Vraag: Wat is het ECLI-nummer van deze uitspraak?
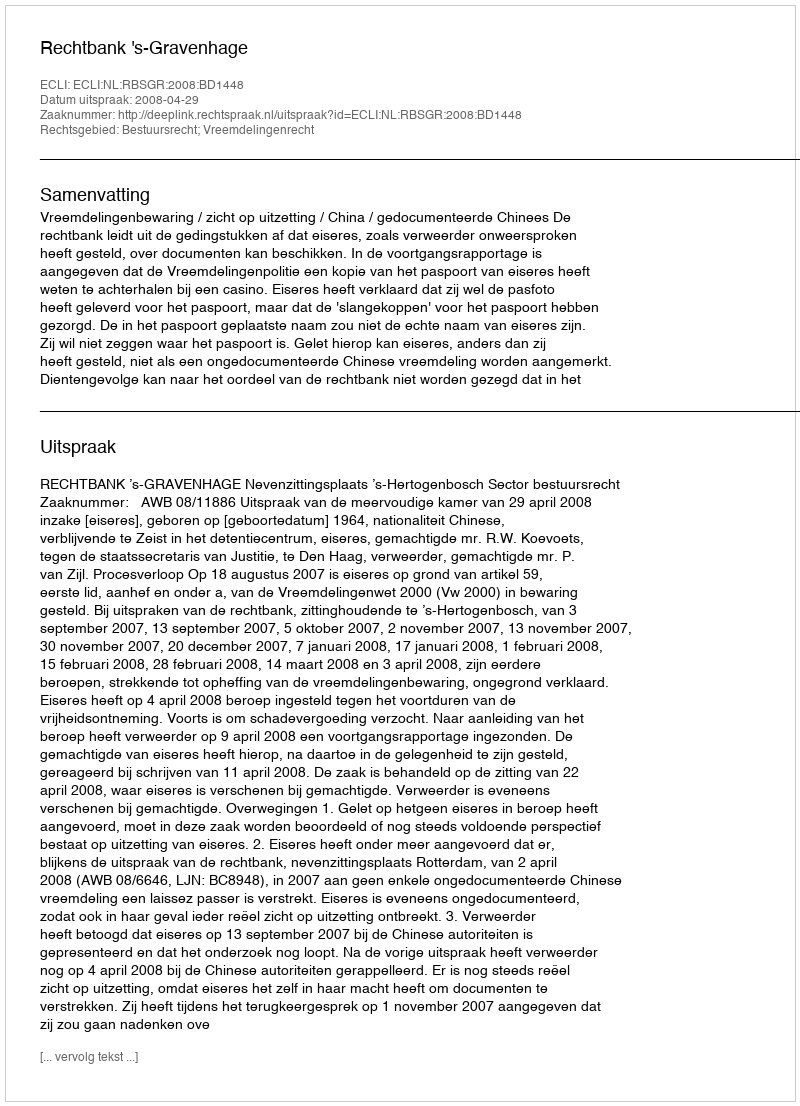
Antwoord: ECLI:NL:RBSGR:2008:BD1448